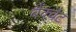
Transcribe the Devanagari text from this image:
बैंक्वैट